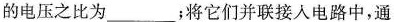
的电压之比为_______；将它们并联接人电路中，通